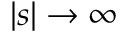
| s | \to \infty